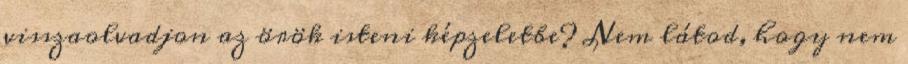
visszaolvadjon az örök isteni képzeletbe? Nem látod, hogy nem